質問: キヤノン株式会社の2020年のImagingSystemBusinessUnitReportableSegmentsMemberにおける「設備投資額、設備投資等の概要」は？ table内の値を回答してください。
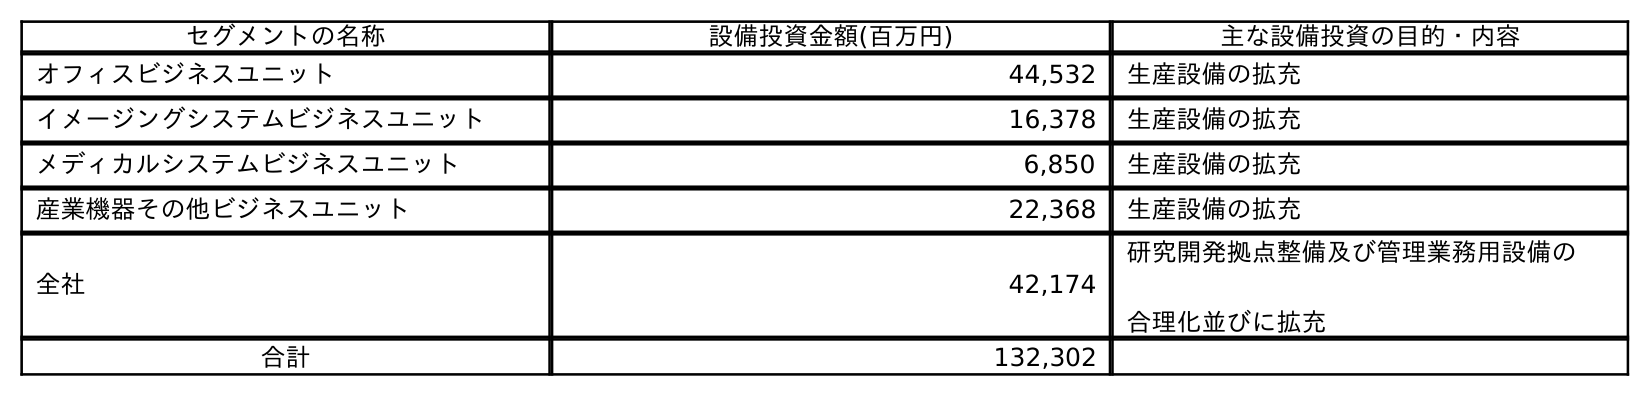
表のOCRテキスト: セグメントの名称 設備投資金額(百万円) 主な設備投資の目的・内容 オフィスビジネスユニット 44,532 生産設備の拡充 イメージングシステムビジネスユニット 16,378 生産設備の拡充 メディカルシステムビジネスユニット 6,850 生産設備の拡充 産業機器その他ビジネスユニット 22,368 生産設備の拡充 全社 42,174 研究開発拠点整備及び管理業務用設備の 合理化並びに拡充 合計 132,302
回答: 16,378